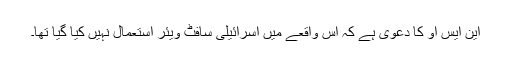
این ایس او کا دعویٰ ہے کہ اس واقعے میں اسرائیلی سافٹ ویئر استعمال نہیں کیا گیا تھا۔